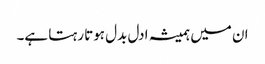
ان میں ہمیشہ ادل بدل ہوتا رہتا ہے۔